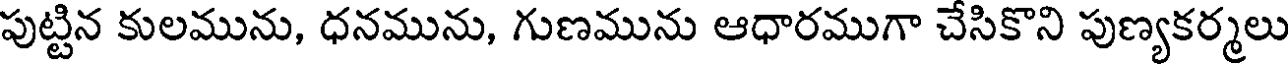
పుట్టిన కులమును, ధనమును, గుణమును ఆధారముగా చేసికొని పుణ్యకర్మలు